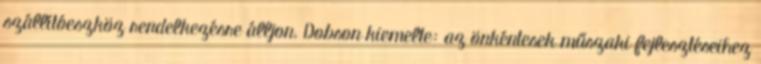
szállítóeszköz rendelkezésre álljon. Dobson kiemelte: az önkéntesek műszaki fejlesztéseihez